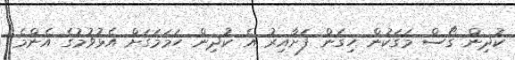
ކުދިން ގޯސް މަގަކުން ހިގަން ފަށާއިރު އެ ކުދިން ހަމަމަގަށް އެޅުވުމުގެ އެންމެ